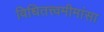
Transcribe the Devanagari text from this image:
विधितत्त्वमीमांसा